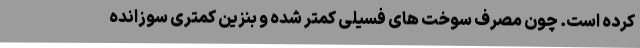
کرده است. چون مصرف سوخت های فسیلی کمتر شده و بنزین کمتری سوزانده